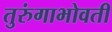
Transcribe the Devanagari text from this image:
तुरुंगाभोवती